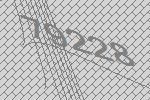
79228